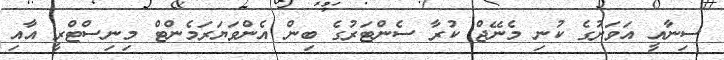
ސިނާއީ އަވަށުގެ ކުނި މެނޭޖް ކުރާ ސެންޓަރުގެ ބިން އެންވަޔަރަމެންޓް މިނިސްޓްރީ އާއި